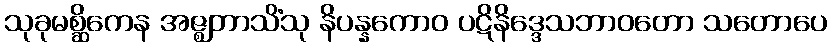
သုခုမစ္ဆိကေန အဇ္ဈဘာသိံသု နိပန္နကောဝ ပဋိနိဒ္ဒေသဘာဝတော သတောပေ